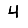
Digit: 4